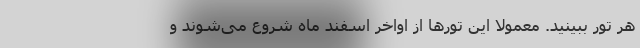
هر تور ببینید. معمولا این تورها از اواخر اسفند ماه شروع می‌شوند و